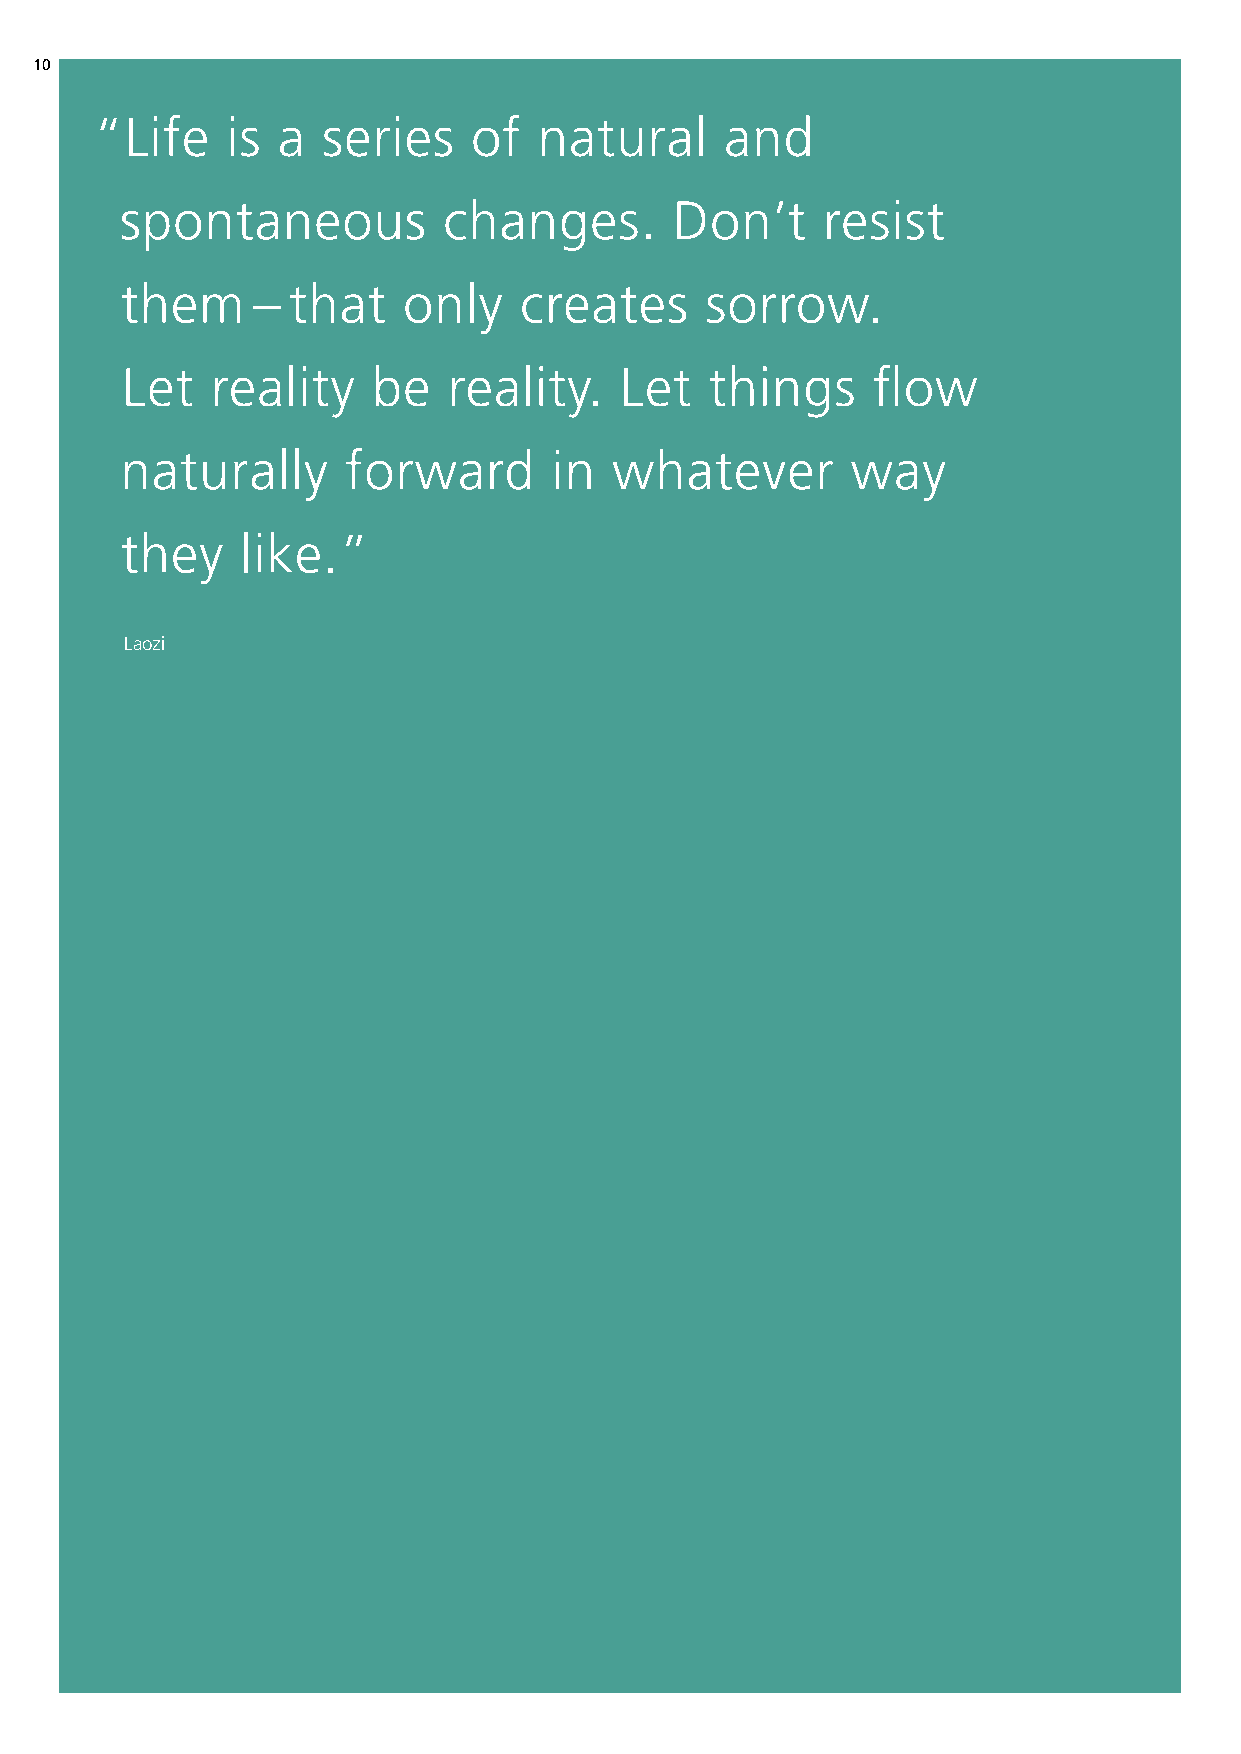
10
 “Life    is a  series    of   natural     and
 spontaneous          changes.        Don’t    resist
 them     – that    only   creates      sorrow.
 Let   reality    be   reality.   Let   things     flow
 naturally      forward      in   whatever       way
 they    like.”
 Laozi